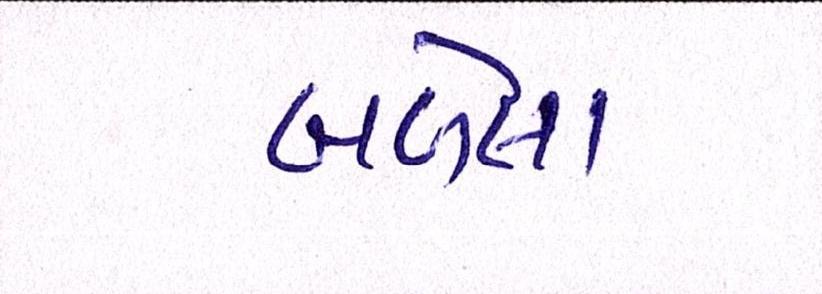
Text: બળેલા